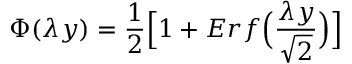
\Phi ( \lambda y ) = \frac { 1 } { 2 } \Bigl [ 1 + E r f \Bigl ( \frac { \lambda y } { \sqrt { 2 } } \Bigr ) \Bigr ]